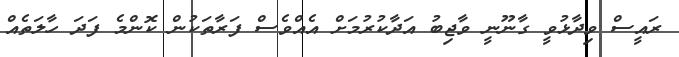
ރައީސް ވިދާޅުވީ ގާނޫނީ ވާޖިބު އަދާކުރުމަށް އެއްވެސް ފަރާތަކުން ކޮންމެ ފަދަ ހާލަތެއް